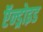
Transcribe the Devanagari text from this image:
ऍन्ड्रोइड